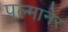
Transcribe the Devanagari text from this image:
पल्मानेर